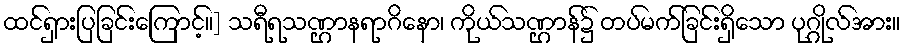
ထင်ရှားပြခြင်းကြောင့်။] သရီရသဏ္ဌာနရာဂိနော၊ ကိုယ်သဏ္ဌာန်၌ တပ်မက်ခြင်းရှိသော ပုဂ္ဂိုလ်အား။